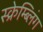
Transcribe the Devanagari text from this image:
स्क्रेम्ब्लिंग